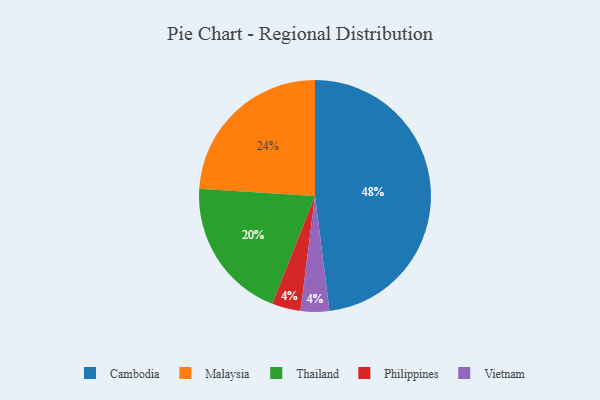
{"axis": {"x": "Category", "y": "Percentage"}, "legend": ["Cambodia", "Malaysia", "Philippines", "Thailand", "Vietnam"], "data": [{"x": "Philippines", "y": 4, "type": "Philippines"}, {"x": "Vietnam", "y": 4, "type": "Vietnam"}, {"x": "Cambodia", "y": 48, "type": "Cambodia"}, {"x": "Thailand", "y": 20, "type": "Thailand"}, {"x": "Malaysia", "y": 24, "type": "Malaysia"}]}